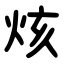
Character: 烗